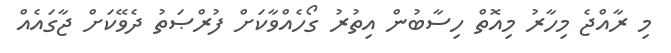
މި ރާއްޖެ މިހާރު މިއޮތް ހިސާބުން އިތުރު ގޯހެއްވާކަށް ފުރްޞަތު ދެވޭކަށް ޖާގައެއް